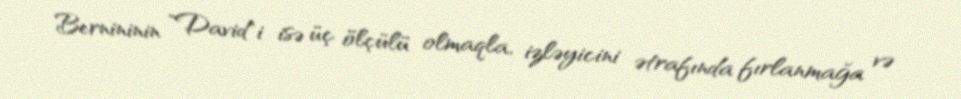
Bernininin "David"i isə üç ölçülü olmaqla, izləyicini ətrafında fırlanmağa və